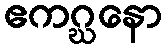
ဧကဂ္ဃနော